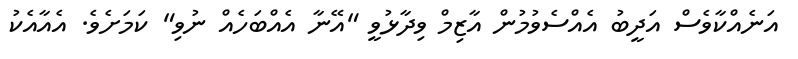
އަނެއްކާވެސް އަދީބު އެއްސެވުމުން އާޒިމް ވިދާޅުވީ "އޭނާ އެއްބަހެއް ނުވި" ކަމަށެވެ. އެއާއެކު